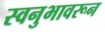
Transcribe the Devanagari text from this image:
स्वनुभावरून